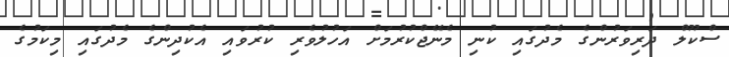
ސްކޫލް ދަރިވަރުންގެ މެދުގައި ކުނި މެނޭޖްކުރުމަށް އަހުލުވެރި ކުރުވައި އެކުދިންގެ މެދުގައި މިކަމުގެ